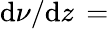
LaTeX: \mathrm{d}\nu/\mathrm{d}z\, =